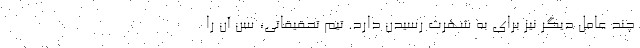
چند عامل دیگر نیز برای به شهرت رسیدن دارد. تیم تحقیقاتی، سن آن را